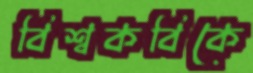
বিশ্বকবিকে